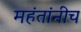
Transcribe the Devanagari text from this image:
महंतांनीच